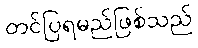
တင်ပြရမည်ဖြစ်သည်